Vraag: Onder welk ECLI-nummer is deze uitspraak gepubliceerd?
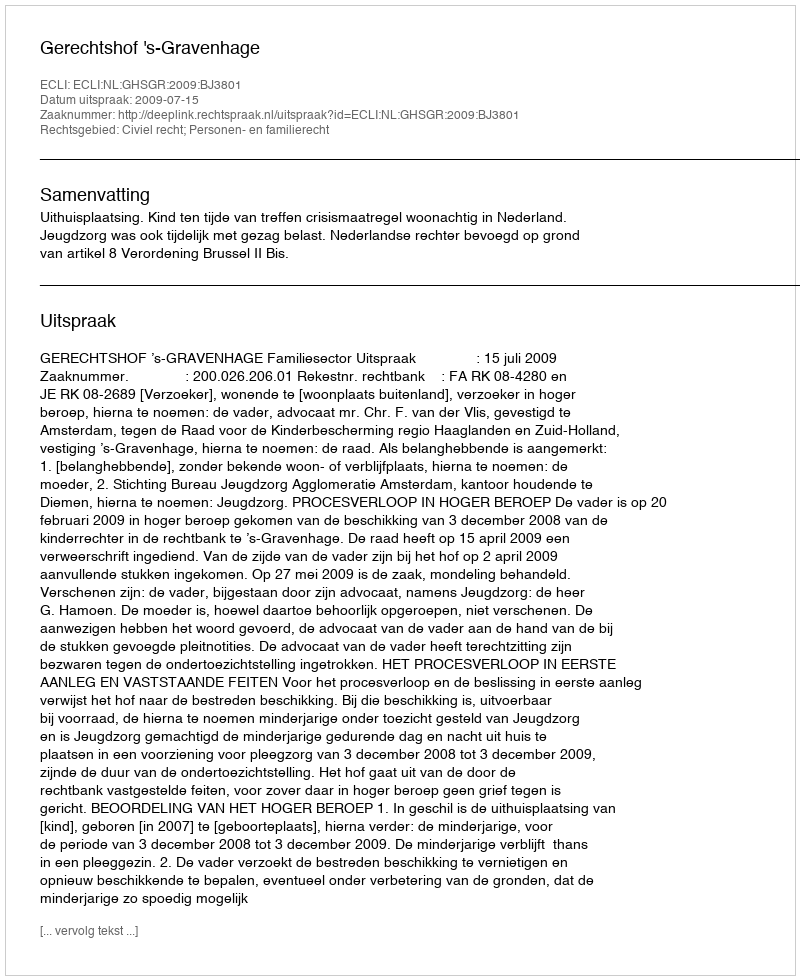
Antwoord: ECLI:NL:GHSGR:2009:BJ3801